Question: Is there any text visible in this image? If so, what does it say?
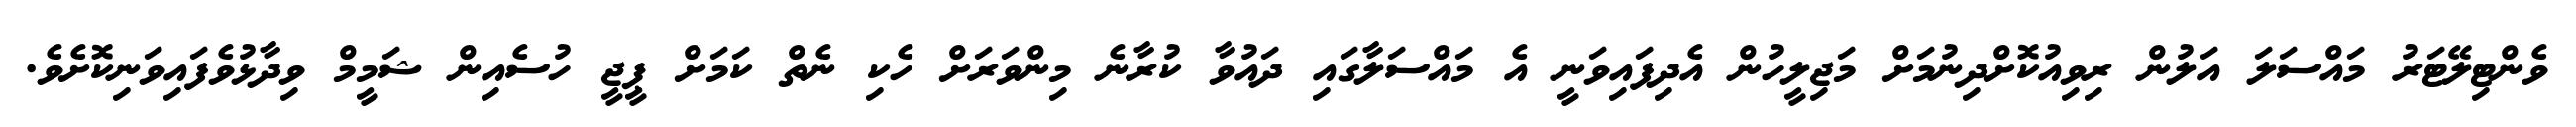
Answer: ވެންޓިލޭޓަރު މައްސަލަ އަލުން ރިވިއުކޮށްދިނުމަށް މަޖިލީހުން އެދިފައިވަނީ އެ މައްސަލާގައި ދައުވާ ކުރާނެ މިންވަރަށް ހެކި ނެތް ކަމަށް ޕީޖީ ހުސެއިން ޝަމީމް ވިދާޅުވެފައިވަނިކޮށެވެ.